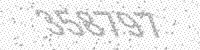
Solution: 358797